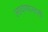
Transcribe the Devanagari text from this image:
लावण्‍यासाठी